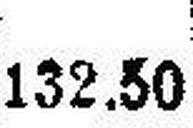
132.50